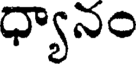
ధ్యానం